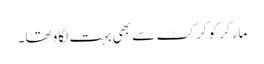
مارکر کو کرکٹ سے بھی بہت لگاو تھا۔